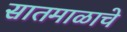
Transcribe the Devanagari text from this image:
सातमाळाचे